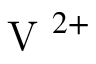
\textrm { V } ^ { 2 + }